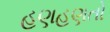
હણહણતો